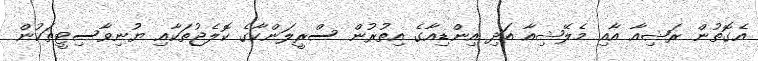
އެގޮތުން ރަޝިއާ އާއި މެލޭޝިއާ އަދި އިންޑިއާގެ އިތުރުން ސްރީލަންކާގެ ކޮލެޖުތަކާއި ޔުނިވާސިޓީތަކުން